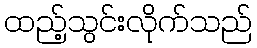
ထည့်သွင်းလိုက်သည်